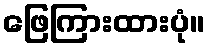
ဖြေကြားထားပုံ။